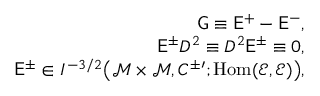
\begin{array} { r l r } & { } & { \mathsf { G } \equiv \mathsf { E } ^ { + } - \mathsf { E } ^ { - } , } \\ & { } & { \mathsf { E } ^ { \pm } D ^ { 2 } \equiv D ^ { 2 } \mathsf { E } ^ { \pm } \equiv 0 , } \\ & { } & { \mathsf { E } ^ { \pm } \in I ^ { - 3 / 2 } \big ( \mathscr { M } \times \mathscr { M } , C ^ { \pm \prime } ; \mathrm { H o m } ( { \mathscr { E } , \mathscr { E } } ) \big ) , } \end{array}